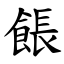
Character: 餦